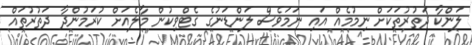
ލަންކާ ދަތުރުތަކަށް ނިމުމެއް އައި ނަމަވެސް ލަންޑަނުގެ ގެޓްވިކުން މާލެއަށް ކުރަމުންދާ ދަތުރުތައް